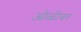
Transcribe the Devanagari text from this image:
ओळीवर